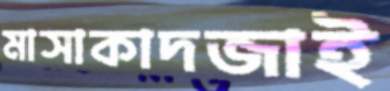
মাসাকাদজাই